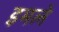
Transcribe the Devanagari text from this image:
इमले